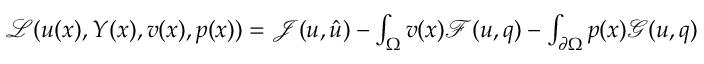
\begin{array} { r } { \mathcal { L } ( u ( x ) , Y ( x ) , v ( x ) , p ( x ) ) = \mathcal { J } ( u , \hat { u } ) - \int _ { \Omega } v ( x ) \mathcal { F } ( u , q ) - \int _ { \partial \Omega } p ( x ) \mathcal { G } ( u , q ) } \end{array}